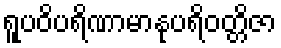
ရူပဝိပရိဏာမာနုပရိဝတ္တိဇာ